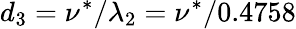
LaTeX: d_{3}=\nu^{*}/\lambda_{2}=\nu^{*}/0.4758